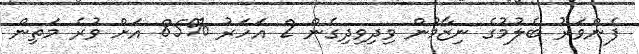
ފެންވަރު ބެލުމުގެ ނިޒާމުން ވިދިވިދިގެން 2 އަހަރު %85 އަށް ވުރެ މަތިން